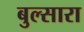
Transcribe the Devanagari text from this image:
बुल्सारा